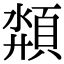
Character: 頮